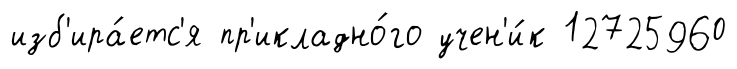
изб'ира́етс'я пр'икладно́го учен'и́к 12725960